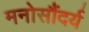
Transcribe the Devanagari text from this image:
मनोसौंदर्य